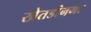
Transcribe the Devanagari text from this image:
खेतडीनगर